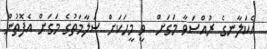
އެކަލާނގެ ރުއްސަވާ މަގަށް  ވީ މީހަކަށް ސަލާމަތުގެ މަގަށް އެފޮތުން